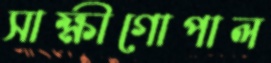
সাক্ষীগোপাল